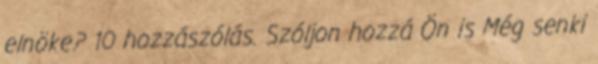
elnöke? 10 hozzászólás. Szóljon hozzá Ön is Még senki